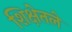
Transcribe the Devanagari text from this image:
शिक्षेतले